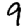
Digit: 9